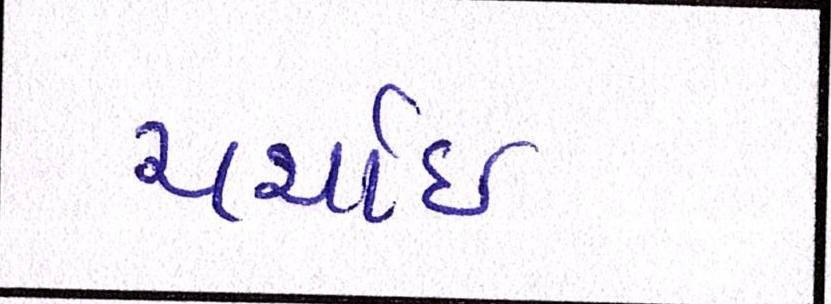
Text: ચર્ચાઇ